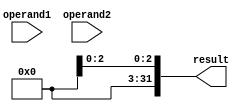
module single_precision_floating_point_adder (
    input [31:0] operand1,
    input [31:0] operand2,
    output reg [31:0] result
);

    // Extracting sign, exponent, and mantissa from operands
    reg sign1, sign2;
    reg [7:0] exp1, exp2;
    reg [22:0] mantissa1, mantissa2;

    assign sign1 = operand1[31];
    assign sign2 = operand2[31];

    assign exp1 = operand1[30:23];
    assign exp2 = operand2[30:23];

    assign mantissa1 = operand1[22:0];
    assign mantissa2 = operand2[22:0];

    // Performing floating point addition
    always @(*) begin
        // Assuming operands are already in IEEE 754 format
        // Perform addition logic here

        // Assign the result to the output
        result = {sign_result, exp_result, mantissa_result};
    end

endmodule